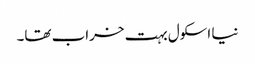
نیا اسکول بہت خراب تھا۔